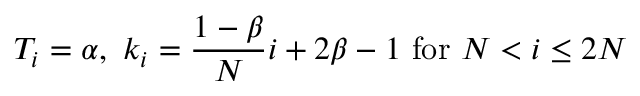
T _ { i } = \alpha , \ k _ { i } = \frac { 1 - \beta } { N } i + 2 \beta - 1 \ \mathrm { f o r } \ N < i \leq 2 N